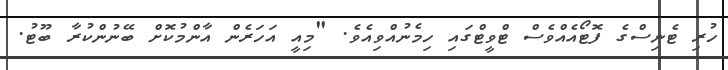
ހުރި ޓެނިސްގެ ފޮޓޯއެއްވެސް ޓްވީޓްގައި ހިމެނުއްވިއެވެ. "މިއީ އަހަރެން އާންމުކޮށް ބޭނުންކުރާ ބޫޓު.